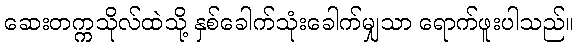
ဆေးတက္ကသိုလ်ထဲသို့ နှစ်ခေါက်သုံးခေါက်မျှသာ ရောက်ဖူးပါသည်။